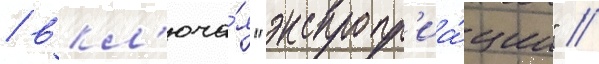
/ вкл'юча́я "экспропр'иа́ции" /